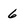
Character: 6